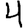
Digit: 4